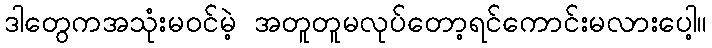
ဒါတွေကအသုံးမဝင်မဲ့ အတူတူမလုပ်တော့ရင်ကောင်းမလားပေါ့။